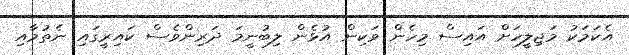
އެކަމަކު މަޖިލީހަށް އައިސް މިހެން ވަކިން އުޅެން ލިބުނީމަ ދަރިންވެސް ކައިރީގައި ނެތުމާއި